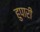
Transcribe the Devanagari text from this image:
हुपारी